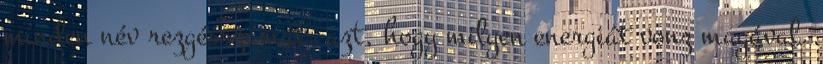
minden név rezgésszámát, azt, hogy milyen energiát vonz magával.